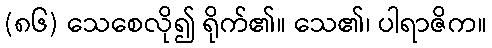
(၈၆) သေစေလို၍ ရိုက်၏။ သေ၏၊ ပါရာဇိက။